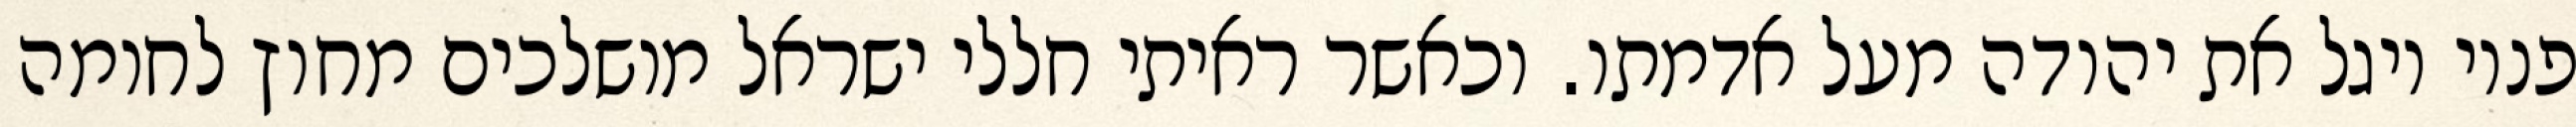
פניו ויגל את יהודה מעל אדמתו. וכאשר ראיתי חללי ישראל מושלכים מחוץ לחומה